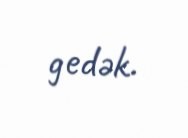
gedək.